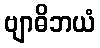
ဗျာဓိဘယံ